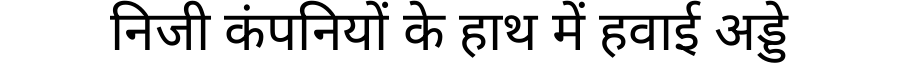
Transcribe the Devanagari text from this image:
निजी कंपनियों के हाथ में हवाई अड्डे